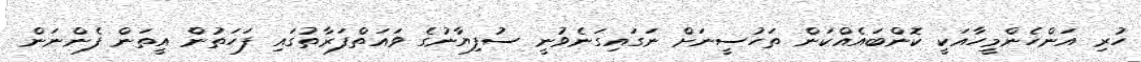
ހުރި އަންހެންމީހާއަކީ ކޮންބައެއްކަން ތަހުސީނަށް ނަގައިގަނެވުނީ ސުފިޔާނުގެ ވައަތްފަރާތުގައި ފަހަތުން އީތަން ފެންނަން